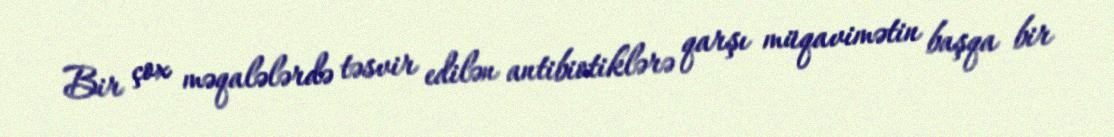
Bir çox məqalələrdə təsvir edilən antibiotiklərə qarşı müqavimətin başqa bir